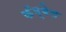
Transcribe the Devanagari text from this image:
कॅम्बेल